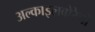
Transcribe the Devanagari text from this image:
अल्काइलबोरेनों